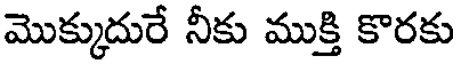
మొక్కుదురే నీకు ముక్తి కొరకు